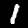
Label: 1